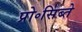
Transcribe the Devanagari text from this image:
प्रो॰सिब्ते